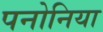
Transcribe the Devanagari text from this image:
पनोनिया